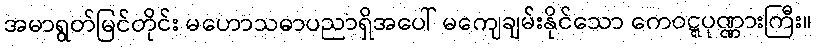
အမာရွတ်မြင်တိုင်း မဟောသဓာပညာရှိအပေါ် မကျေချမ်းနိုင်သော ကေဝဋ္ဋပုဏ္ဏားကြီး။